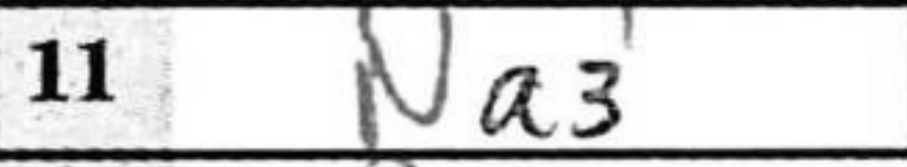
Transcription: Na3